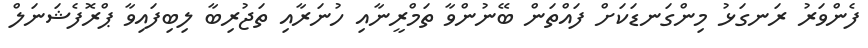
ފެންވަރު ރަނގަޅު މިންގަނޑަކަށް ފައްތަން ބޭނުންވާ ތަމްރީނާއި ހުނަރާއި ތަޖުރިބާ ލިބިފައިވާ ޕްރޮފެޝަނަލް